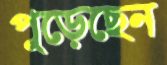
পুড়েছেন